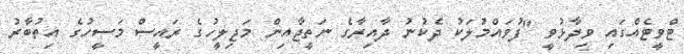
ޓްވީޓެއްގައި ވިދާޅުވީ "ފުވައްމުލަކު ދެކުނު ދާއިރާގެ ނަތީޖާއިން މަޖިލީހުގެ ރައީސް މަސީހުގެ އިތުބާރު